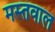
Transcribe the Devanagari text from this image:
मस्तवाल